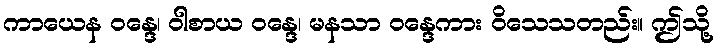
ကာယေန ဝန္ဒေ၊ ဝါစာယ ဝန္ဒေ၊ မနသာ ဝန္ဒေကား ဝိသေသတည်း။ ဤသို့